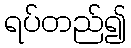
ရပ်တည်၍